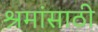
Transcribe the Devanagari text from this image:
श्रमांसाठी